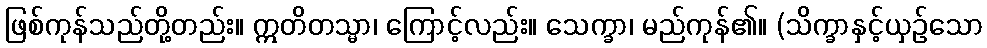
ဖြစ်ကုန်သည်တို့တည်း။ ဣတိတသ္မာ၊ ကြောင့်လည်း။ သေက္ခာ၊ မည်ကုန်၏။ (သိက္ခာနှင့်ယှဉ်သော